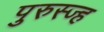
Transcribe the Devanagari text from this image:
पुरुस्ज्ह